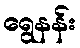
ရွေနန်း